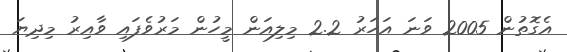
އެގޮތުން 2005 ވަނަ އަހަރު 2.2 މިލިއަން މީހުން މަރުވެފައި ވާއިރު މިދިޔަ